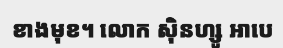
ខាងមុខ។ លោក ស៊ិនហ្សូ អាបេ